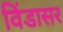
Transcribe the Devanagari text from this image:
विंडासर